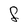
Character: F